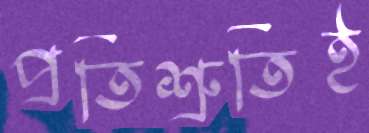
প্রতিশ্রুতিই